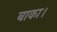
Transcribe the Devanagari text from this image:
बाका।